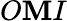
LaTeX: O\mathbf{M}I